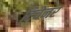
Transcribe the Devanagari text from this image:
टिचेनर